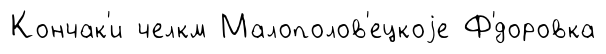
Кончак'и челкм Малополов'ецкоjе Ф'́доровка